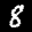
Label: 8